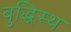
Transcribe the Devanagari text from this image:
बुद्धिस्थ